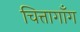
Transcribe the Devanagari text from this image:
चित्तागाँग